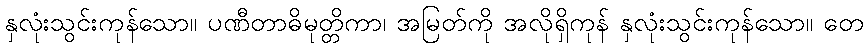
နှလုံးသွင်းကုန်သော။ ပဏီတာဓိမုတ္တိကာ၊ အမြတ်ကို အလိုရှိကုန် နှလုံးသွင်းကုန်သော။ တေ